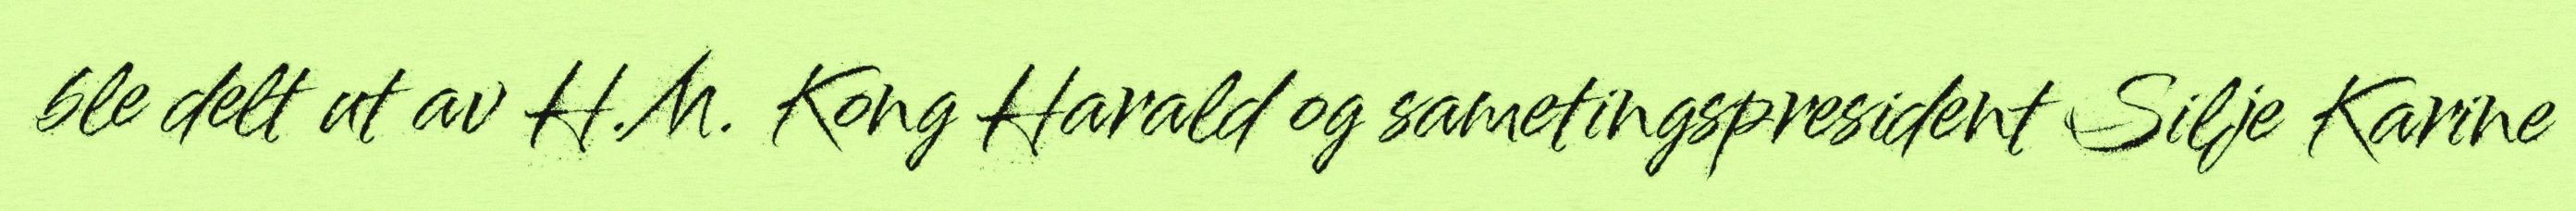
ble delt ut av H.M. Kong Harald og sametingspresident Silje Karine